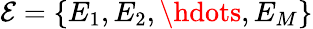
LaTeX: {\mathcal{E}=\{ E_{1},E_{2},\hdots,E_{M}\} }